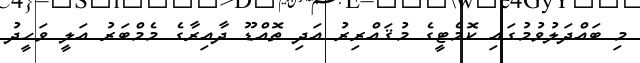
މި ބައްދަލުވުމުގައި ކޮމެޓީގެ މުޤައްރިރު އަދި ތޮއްޑޫ ދާއިރާގެ މެމްބަރު އަލީ ވަހީދު